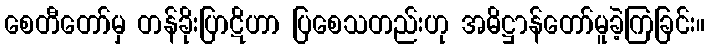
စေတီတော်မှ တန်ခိုးပြာဋိဟာ ပြစေသတည်းဟု အဓိဋ္ဌာန်တော်မူခဲ့ကြခြင်း။